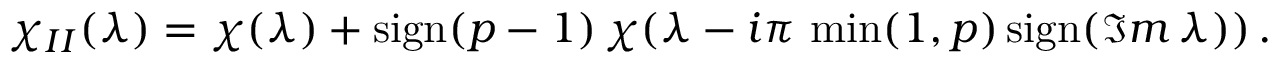
\chi _ { I I } ( \lambda ) = \chi ( \lambda ) + \mathrm { s i g n } ( p - 1 ) \, \chi ( \lambda - i \pi \, \operatorname * { m i n } ( 1 , p ) \, \mathrm { s i g n } ( \Im m \, \lambda ) ) \, .